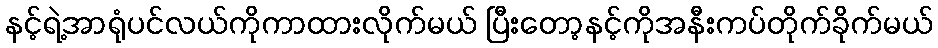
နင့်ရဲ့အာရုံပင်လယ်ကိုကာထားလိုက်မယ် ပြီးတော့နင့်ကိုအနီးကပ်တိုက်ခိုက်မယ်